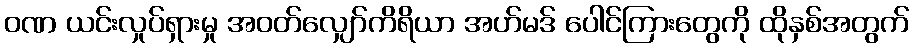
ဝဏ ယင်းလှုပ်ရှားမှု အဝတ်လျှော်ကိရိယာ အဟ်မဒ် ပေါင်ကြားတွေကို ထိုနှစ်အတွက်